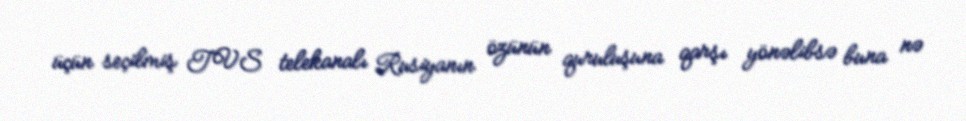
üçün seçilmiş TVS telekanalı Rusiyanın özünün quruluşuna qarşı yönəlibsə buna nə